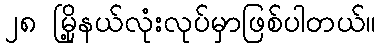
၂၈ မြို့နယ်လုံးလုပ်မှာဖြစ်ပါတယ်။